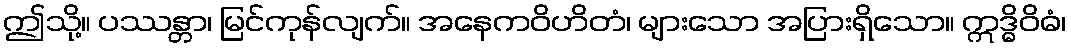
ဤသို့။ ပဿန္တာ၊ မြင်ကုန်လျက်။ အနေကဝိဟိတံ၊ များသော အပြားရှိသော။ ဣဒ္ဓိဝိဓံ၊